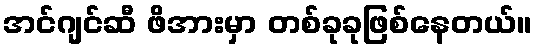
အင်ဂျင်ဆီ ဖိအားမှာ တစ်ခုခုဖြစ်နေတယ်။